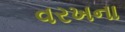
વરખના